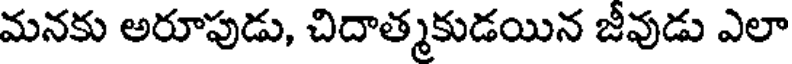
మనకు అరూపుడు, చిదాత్మకుడయిన జీవుడు ఎలా